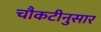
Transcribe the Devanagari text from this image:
चौकटीनुसार